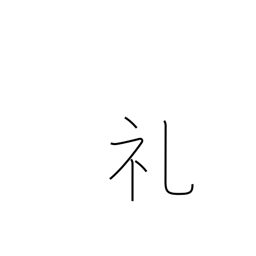
Meaning: thanks